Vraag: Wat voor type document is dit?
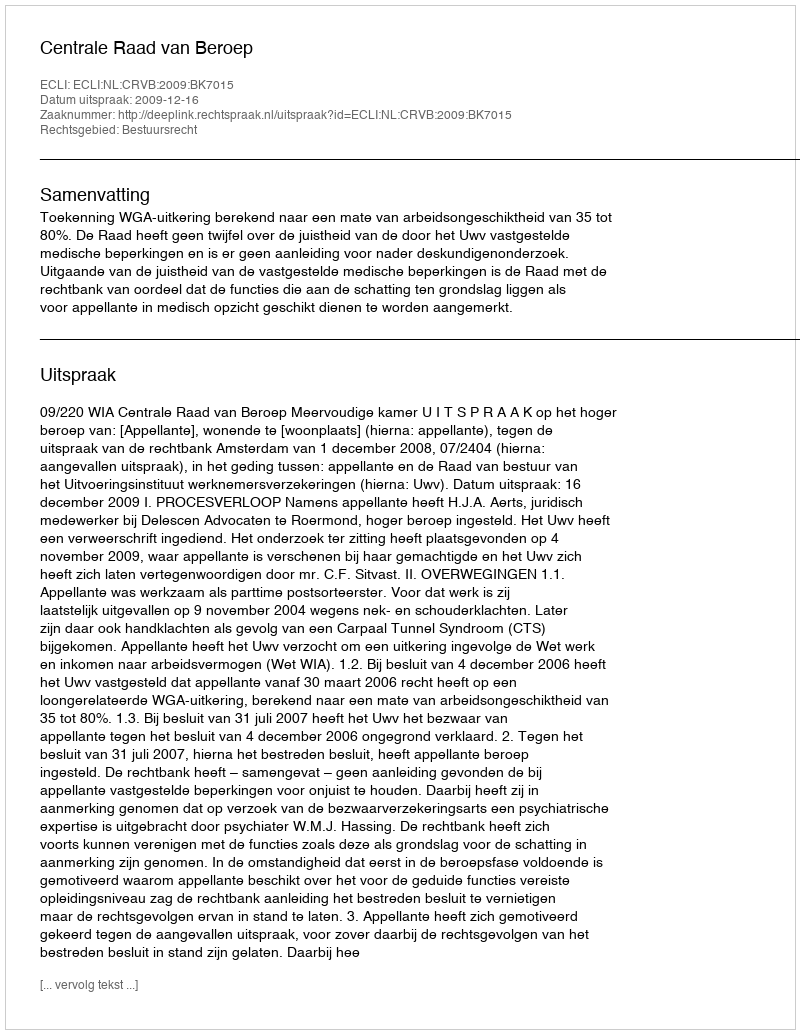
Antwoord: Uitspraak